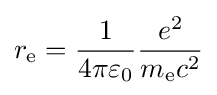
r_{\mathrm {e} }={\frac {1}{4\pi \varepsilon _{0}}}{\frac {e^{2}}{m_{\mathrm {e} }c^{2}}}